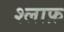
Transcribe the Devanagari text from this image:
श्लाफ़